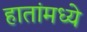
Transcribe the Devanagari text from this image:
हातांमध्ये